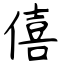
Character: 僖